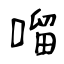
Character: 𠺕